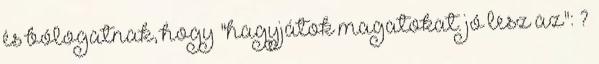
és bólogatnak, hogy "hagyjátok magatokat. jó lesz az": ?